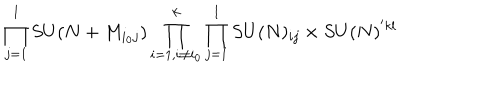
\prod _ { j = 1 } ^ { l } S U ( N + M _ { i _ { 0 } j } ) \prod _ { i = 1 , i \ne i _ { 0 } } ^ { k } \prod _ { j = 1 } ^ { l } S U ( N ) _ { i j } \times S U ( N ) ^ { ' k l }